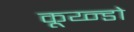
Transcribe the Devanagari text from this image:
कूय्न्डो